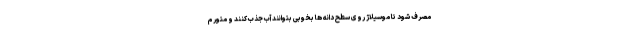
مصرف شود تا موسیلاژ روی سطح دانه ها بخوبی بتوانند آب جذب کنند و متورم